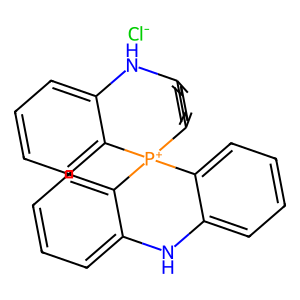
SMILES: [Cl-].c1ccc2c(c1)Nc1ccccc1[P+]21c2ccccc2Nc2ccccc21
Inhibits HIV replication: No